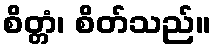
စိတ္တံ၊ စိတ်သည်။